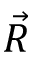
\vec { R }